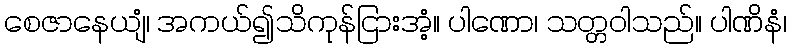
စေဇာနေယျံ၊ အကယ်၍သိကုန်ငြားအံ့။ ပါဏော၊ သတ္တဝါသည်။ ပါဏိနံ၊